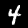
Digit: 4